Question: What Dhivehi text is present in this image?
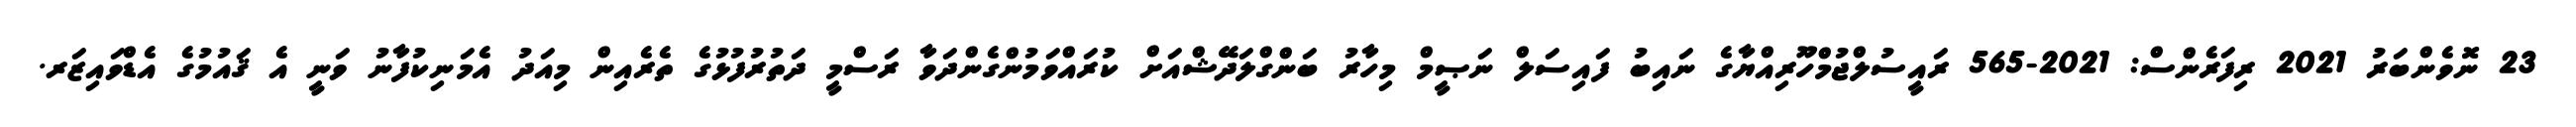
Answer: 23 ނޮވެންބަރު 2021 ރިފަރެންސް: 2021-565 ރައީސުލްޖުމްހޫރިއްޔާގެ ނައިބު ފައިސަލް ނަޞީމް މިހާރު ބަންގްލަދޭޝްއަށް ކުރައްވަމުންގެންދަވާ ރަސްމީ ދަތުރުފުޅުގެ ތެރެއިން މިއަދު އެމަނިކުފާނު ވަނީ އެ ޤައުމުގެ އެޑްވައިޒަރ.